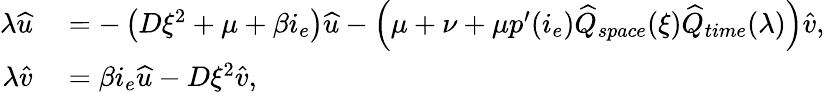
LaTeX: \begin{array}{rl}{\lambda\widehat{u}}&{{}=-\left(D\xi^{2}+\mu+\beta i_{e}\right)\widehat{u}-\left(\mu+\nu+\mu p^{\prime}(i_{e})\widehat{Q}_{space}(\xi)\widehat{Q}_{time}(\lambda)\right)\widehat{v},}\\ {\lambda\widehat{v}}&{{}=\beta i_{e}\widehat{u}-D\xi^{2}\widehat{v},}\end{array}